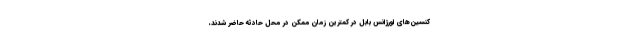
کنسین‌های اورژانس بابل در کمترین زمان ممکن در محل حادثه حاضر شدند،